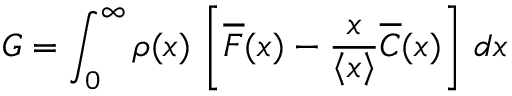
G = \int _ { 0 } ^ { \infty } \! \, \rho ( x ) \, \left[ \overline { { F } } ( x ) - \frac { x } { \left\langle { x } \right\rangle } \overline { { C } } ( x ) \right] \, d x